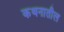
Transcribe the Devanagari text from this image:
कथनातील